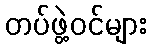
တပ်ဖွဲ့ဝင်များ